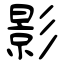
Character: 影